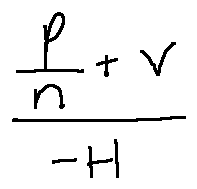
\frac { \frac { p } { n } + v } { - H }